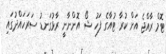
ޓޮމް ރާއްޖެ އަށް ކުރާ ޓުއާގެ ފަހު ޝޯ އޮންނާނީ ރާޅުގަނޑު ސަރަހައްދުގައި